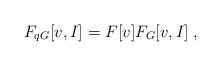
LaTeX: \begin{align*}F_{q G}[v,I]=F[v]F_{G}[v,I]\;,\end{align*}